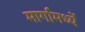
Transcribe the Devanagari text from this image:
मार्गामध्यें